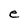
Character: e